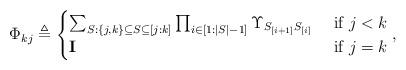
LaTeX: \begin{align*}\Phi_{kj}\triangleq\begin{cases} \sum_{S: \{j,k\}\subseteq S \subseteq [j:k]}\prod_{i\in [1:|S|-1]}\Upsilon_{S_{[i+1]}S_{[i]}} & \mbox{ if } j<k \\\mathbf{I} &\mbox{ if } j=k \end{cases}, \end{align*}